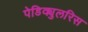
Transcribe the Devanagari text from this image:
पेडिक्युलरिस